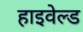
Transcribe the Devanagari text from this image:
हाइवेल्ड